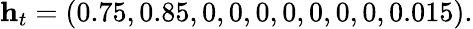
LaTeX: \mathbf{h}_{t}=(0.75,0.85,0,0,0,0,0,0,0,0.015).